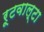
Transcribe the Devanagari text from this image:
रूटवाल्टा